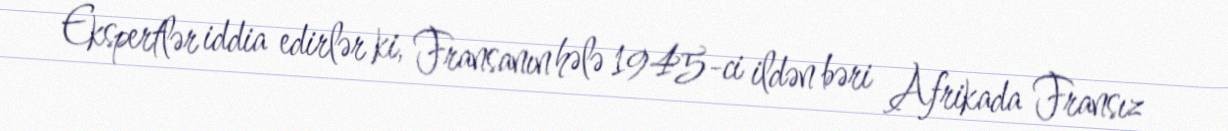
Ekspertlər iddia edirlər ki, Fransanın hələ 1945-ci ildən bəri Afrikada Fransız